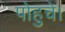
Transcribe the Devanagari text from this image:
पोहुचे।